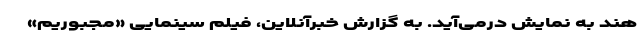
هند به نمایش درمی‌آید. به گزارش خبرآنلاین، فیلم سینمایی «مجبوریم»